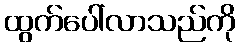
ထွက်ပေါ်လာသည်ကို